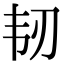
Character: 韧